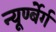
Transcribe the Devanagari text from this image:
न्यूर्ण्बेर्ग